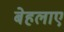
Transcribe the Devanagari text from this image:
बेहलाए